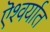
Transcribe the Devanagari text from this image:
ऎश्वर्यात